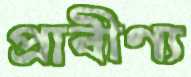
প্রাবীণ্য